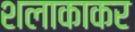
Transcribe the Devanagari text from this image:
शलाकाकर